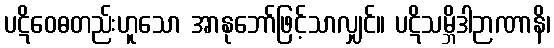
ပဋိဝေဓတည်းဟူသော အာနုဘော်ဖြင့်သာလျှင်။ ပဋိသမ္ဘိဒါဉာဏာနိ၊